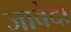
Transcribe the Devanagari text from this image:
जावेदा